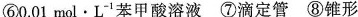
⑥0.01mol·L^{-1}苯甲酸溶液 ⑦滴定管 ⑧锥形